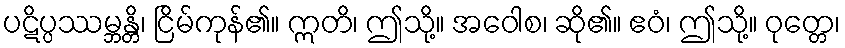
ပဋိပ္ပဿမ္ဘန္တိ၊ ငြိမ်ကုန်၏။ ဣတိ၊ ဤသို့။ အဝေါစ၊ ဆို၏။ ဧဝံ၊ ဤသို့။ ဝုတ္တေ၊